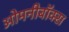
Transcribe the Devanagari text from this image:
ओमनीबॉक्स